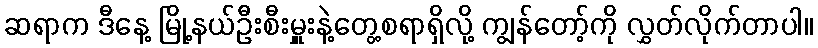
ဆရာက ဒီနေ့ မြို့နယ်ဦးစီးမှူးနဲ့တွေ့စရာရှိလို့ ကျွန်တော့်ကို လွှတ်လိုက်တာပါ။